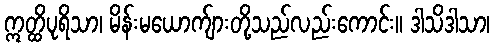
ဣတ္ထိပုရိသာ၊ မိန်းမယောက်ျားတို့သည်လည်းကောင်း။ ဒါသိဒါသာ၊